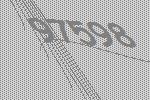
97598